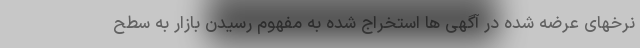
نرخهای عرضه شده در آگهی ها استخراج شده به مفهوم رسیدن بازار به سطح